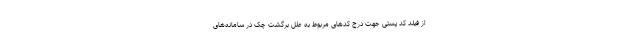
از فیلد کد پستی جهت درج کدهای مربوط به علل برگشت چک در سامانه‌های